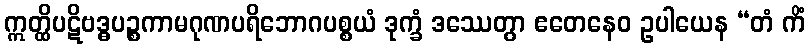
ဣတ္ထိပဋိဗဒ္ဓပဉ္စကာမဂုဏပရိဘောဂပစ္စယံ ဒုက္ခံ ဒဿေတွာ ဧတေနေဝ ဥပါယေန “တံ ကိံ